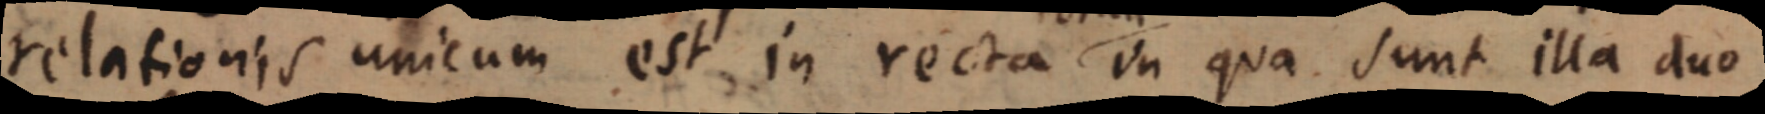
relationis unicum est in recta in qua sunt illa duo